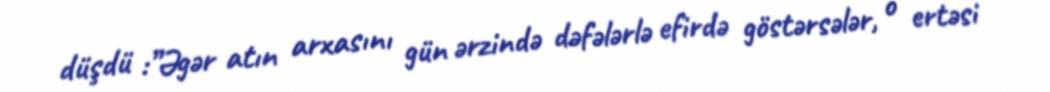
düşdü :”Əgər atın arxasını gün ərzində dəfələrlə efirdə göstərsələr, o ertəsi